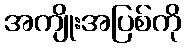
အကျိုးအပြစ်ကို